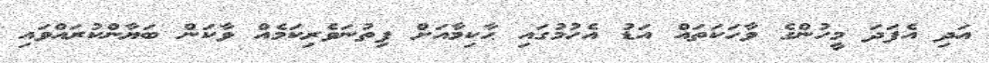
އަދި އެފަދަ މީހުންގެ ވާހަކަތައް އަޑު އެހުމުގައި ޙާކިމާއަށް ފިތުނަވެރިކަމެއް ވާކަން ބަޔާންކުރައްވައި